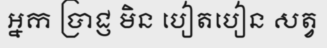
ឣ្នក ប្រាជ្ញ មិន បៀតបៀន សត្វ